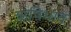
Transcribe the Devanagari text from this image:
ऋषिभाव